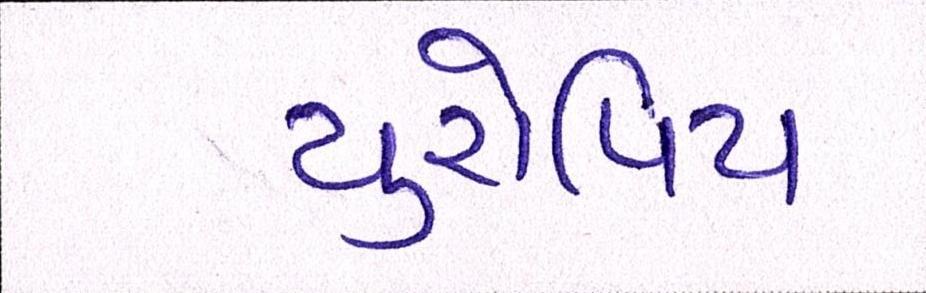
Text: યુરોપિય